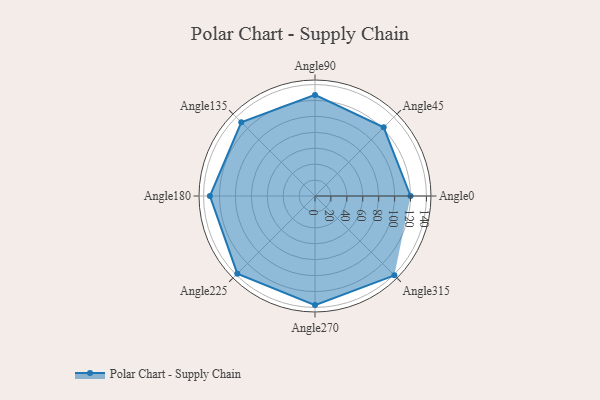
{"axis": {"x": "Angle", "y": "Radius"}, "legend": [""], "data": [{"x": "Angle0", "y": 120.0, "type": ""}, {"x": "Angle45", "y": 122.0, "type": ""}, {"x": "Angle90", "y": 127.0, "type": ""}, {"x": "Angle135", "y": 131.0, "type": ""}, {"x": "Angle180", "y": 132.0, "type": ""}, {"x": "Angle225", "y": 138.0, "type": ""}, {"x": "Angle270", "y": 137.0, "type": ""}, {"x": "Angle315", "y": 141.0, "type": ""}]}